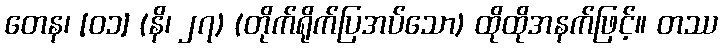
တေန၊ [၀၁] (နိ၊ ၂၇) (တိုက်ရိုက်ပြအပ်သော) ထိုထိုအနက်ဖြင့်။ တဿ